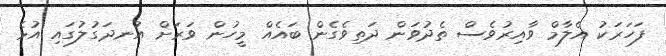
ފަހަރަކު އެލާމް ވާއިރުވެސް ތެދުވަން ދަތިވެގެން ބައެއް މީހުން ވަރަށް އުނދަގުލުގައި އުޅެ